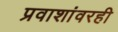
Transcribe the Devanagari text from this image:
प्रवाशांवरही